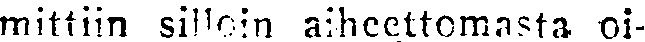
mittiin silloin aiheettomasta oi-